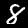
Digit: 8